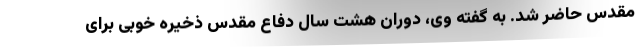
مقدس حاضر شد. به گفته وی، دوران هشت سال دفاع مقدس ذخیره خوبی برای